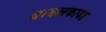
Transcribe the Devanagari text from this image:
थायलकायड